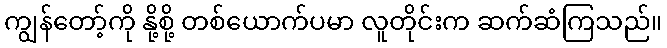
ကျွန်တော့်ကို နို့စို့ တစ်ယောက်ပမာ လူတိုင်းက ဆက်ဆံကြသည်။